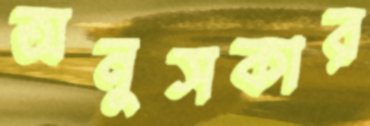
অনুসকার